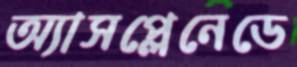
অ্যাসপ্লেনেডে